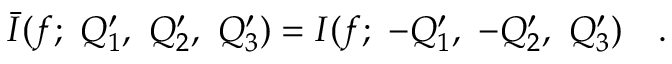
\bar { I } ( f ; ~ Q _ { 1 } ^ { \prime } , ~ Q _ { 2 } ^ { \prime } , ~ Q _ { 3 } ^ { \prime } ) = I ( f ; ~ - Q _ { 1 } ^ { \prime } , ~ - Q _ { 2 } ^ { \prime } , ~ Q _ { 3 } ^ { \prime } ) ~ ~ ~ .